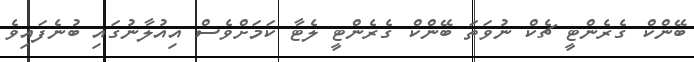
ބޭންކް ގެރެންޓީ ޗެކް ނުވަތަ ބޭންކް ގެރެންޓީ ލެޓާ ކަމަށްވެސް އިއުލާނުގައި ބުނެފައިވެ